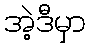
အဲ့ဒီမှာ